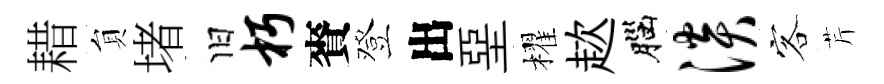
耤貟堵旧朽賚登出堊櫂趑腦淡客芹